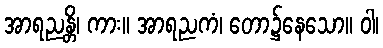
အာရညန္တိ၊ ကား။ အာရညကံ၊ တော၌နေသော။ ဝါ၊